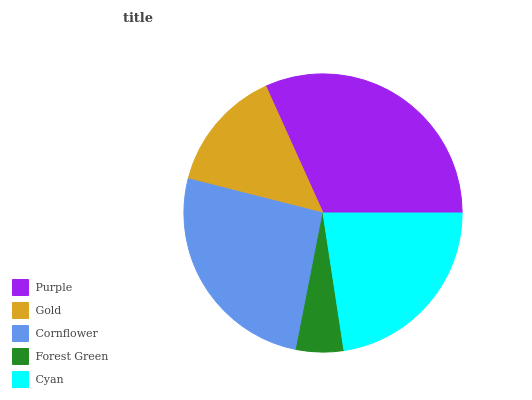
| Purple | Gold | Cornflower | Forest Green | Cyan |
 | --- | --- | --- | --- | --- |
 | 31.7% | 14.3% | 25.9% | 5.49% | 22.6% |